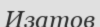
Изатов